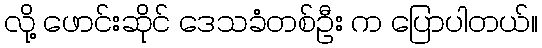
လို့ ဖောင်းဆိုင် ဒေသခံတစ်ဦး က ပြောပါတယ်။